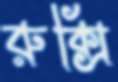
রুক্সি